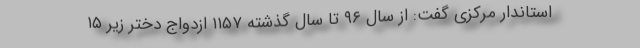
استاندار مرکزی گفت: از سال ۹۶ تا سال گذشته ۱۱۵۷ ازدواج دختر زیر ۱۵